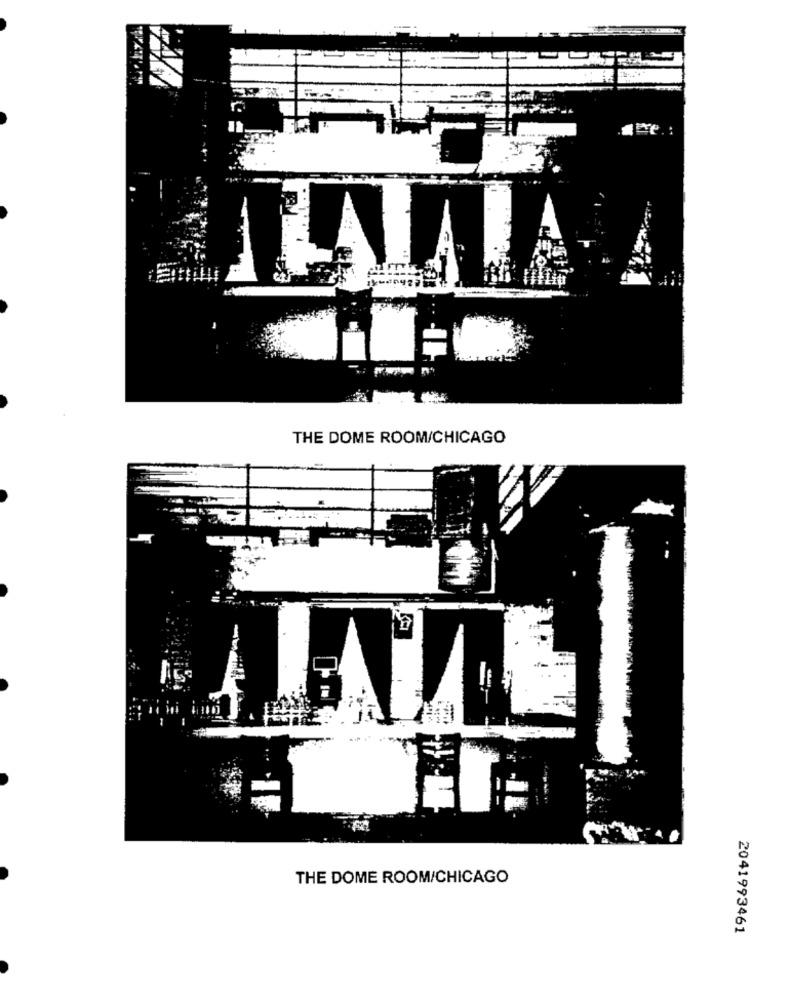
THE DOME ROOM/CHICAGO
THE DOME ROOM/CHICAGO
2041993461